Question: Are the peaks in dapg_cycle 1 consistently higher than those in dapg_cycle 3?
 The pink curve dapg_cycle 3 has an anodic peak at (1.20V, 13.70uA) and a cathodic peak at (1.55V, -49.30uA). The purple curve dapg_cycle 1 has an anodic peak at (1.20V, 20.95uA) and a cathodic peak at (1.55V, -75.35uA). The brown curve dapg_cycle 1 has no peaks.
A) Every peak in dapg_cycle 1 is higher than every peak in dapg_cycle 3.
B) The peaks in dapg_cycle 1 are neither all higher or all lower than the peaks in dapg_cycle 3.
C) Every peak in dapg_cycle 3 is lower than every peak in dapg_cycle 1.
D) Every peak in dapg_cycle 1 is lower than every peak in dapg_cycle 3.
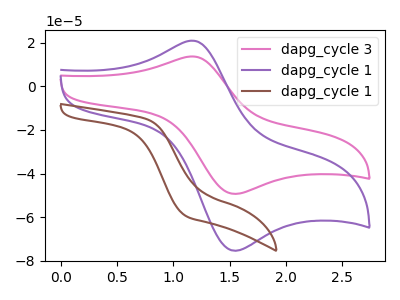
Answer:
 <answer>A) Every peak in "dapg_cycle 1" is higher than every peak in "dapg_cycle 3".</answer>
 <eval>A</eval>